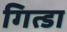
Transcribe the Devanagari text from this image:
गित्डा